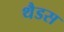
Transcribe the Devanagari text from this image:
थैडस